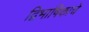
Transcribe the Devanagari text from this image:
द्विभाषिकाचे